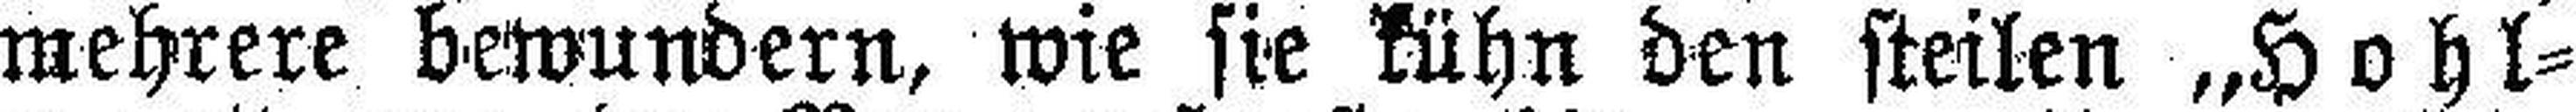
mehrere bewundern, wie sie kühn den steilen „Hohl¬